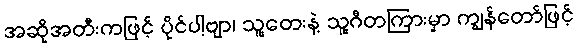
အဆိုအတီးကဖြင့် ပိုင်ပါ့ဗျာ၊ သူ့တေးနဲ့ သူ့ဂီတကြားမှာ ကျွန်တော်ဖြင့်